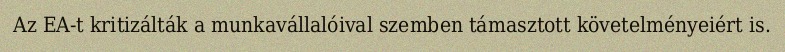
Az EA-t kritizálták a munkavállalóival szemben támasztott követelményeiért is.